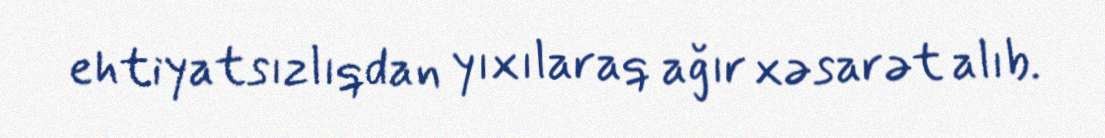
ehtiyatsızlıqdan yıxılaraq ağır xəsarət alıb.